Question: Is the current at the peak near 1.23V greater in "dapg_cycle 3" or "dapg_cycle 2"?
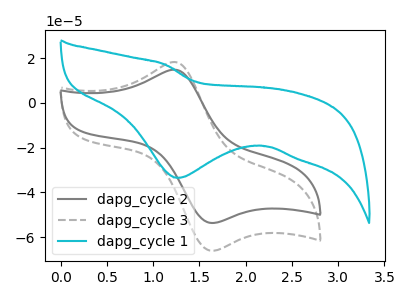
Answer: <think>The gray curve "dapg_cycle 2" has an anodic peak at (1.25V, 14.80uA) and a cathodic peak at (1.65V, -53.70uA). The gray dashed curve "dapg_cycle 3" has an anodic peak at (1.25V, 18.25uA) and a cathodic peak at (1.65V, -66.10uA). The cyan curve "dapg_cycle 1" has a cathodic peak at: (1.25V, -33.50uA).</think>
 <answer>The peak at 1.23V is higher in "dapg_cycle 3" than in "dapg_cycle 2".</answer>
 <eval>higher</eval>